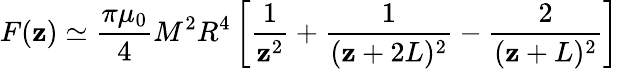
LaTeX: F(\mathbf{z})\simeq{\frac{{\pi\mu_{0}}}{{4}}}M^{2}R^{4}\left[{\frac{{1}}{{\mathbf{z}^{2}}}}+{\frac{{1}}{{(\mathbf{z}+2L)^{2}}}}-{\frac{{2}}{{(\mathbf{z}+L)^{2}}}}\right]